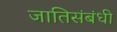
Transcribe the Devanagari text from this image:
जातिसंबंधी